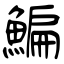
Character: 鯿